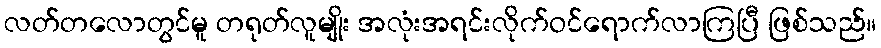
လတ်တလောတွင်မူ တရုတ်လူမျိုး အလုံးအရင်းလိုက်ဝင်ရောက်လာကြပြီ ဖြစ်သည်။